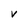
Character: v